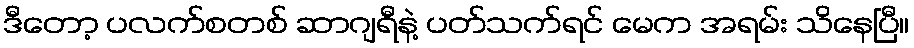
ဒီတော့ ပလက်စတစ် ဆာဂျရီနဲ့ ပတ်သက်ရင် မေက အရမ်း သိနေပြီ။